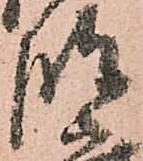
波